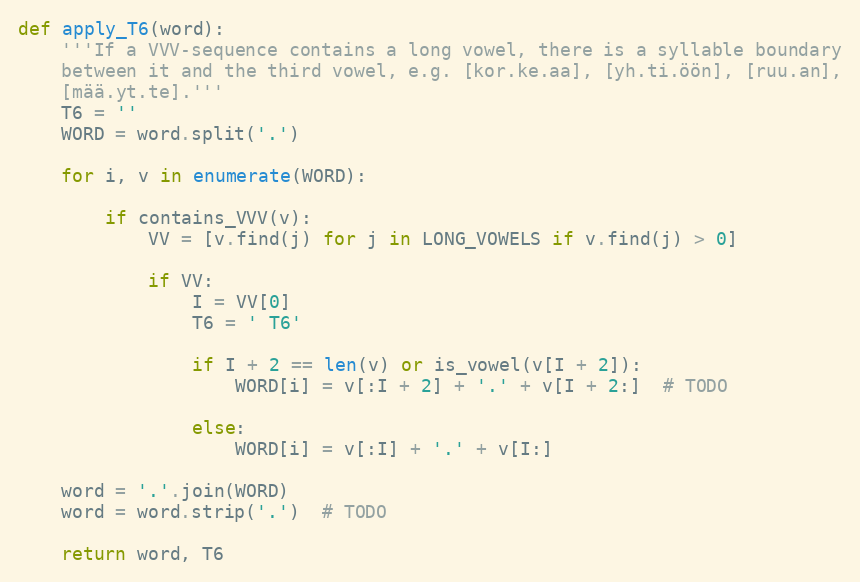
Language: Python
def apply_T6(word):
    '''If a VVV-sequence contains a long vowel, there is a syllable boundary
    between it and the third vowel, e.g. [kor.ke.aa], [yh.ti.öön], [ruu.an],
    [mää.yt.te].'''
    T6 = ''
    WORD = word.split('.')

    for i, v in enumerate(WORD):

        if contains_VVV(v):
            VV = [v.find(j) for j in LONG_VOWELS if v.find(j) > 0]

            if VV:
                I = VV[0]
                T6 = ' T6'

                if I + 2 == len(v) or is_vowel(v[I + 2]):
                    WORD[i] = v[:I + 2] + '.' + v[I + 2:]  # TODO

                else:
                    WORD[i] = v[:I] + '.' + v[I:]

    word = '.'.join(WORD)
    word = word.strip('.')  # TODO

    return word, T6